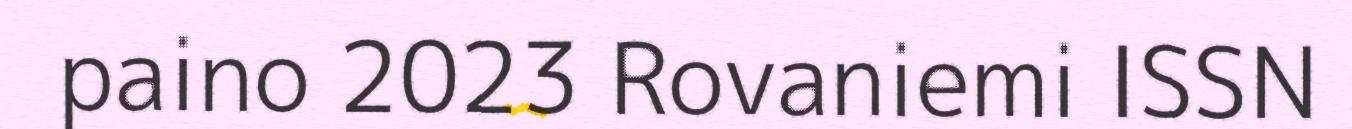
paino 2023 Rovaniemi ISSN